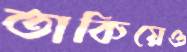
তাকিয়েও